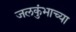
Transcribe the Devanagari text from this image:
जलकुंभाच्या